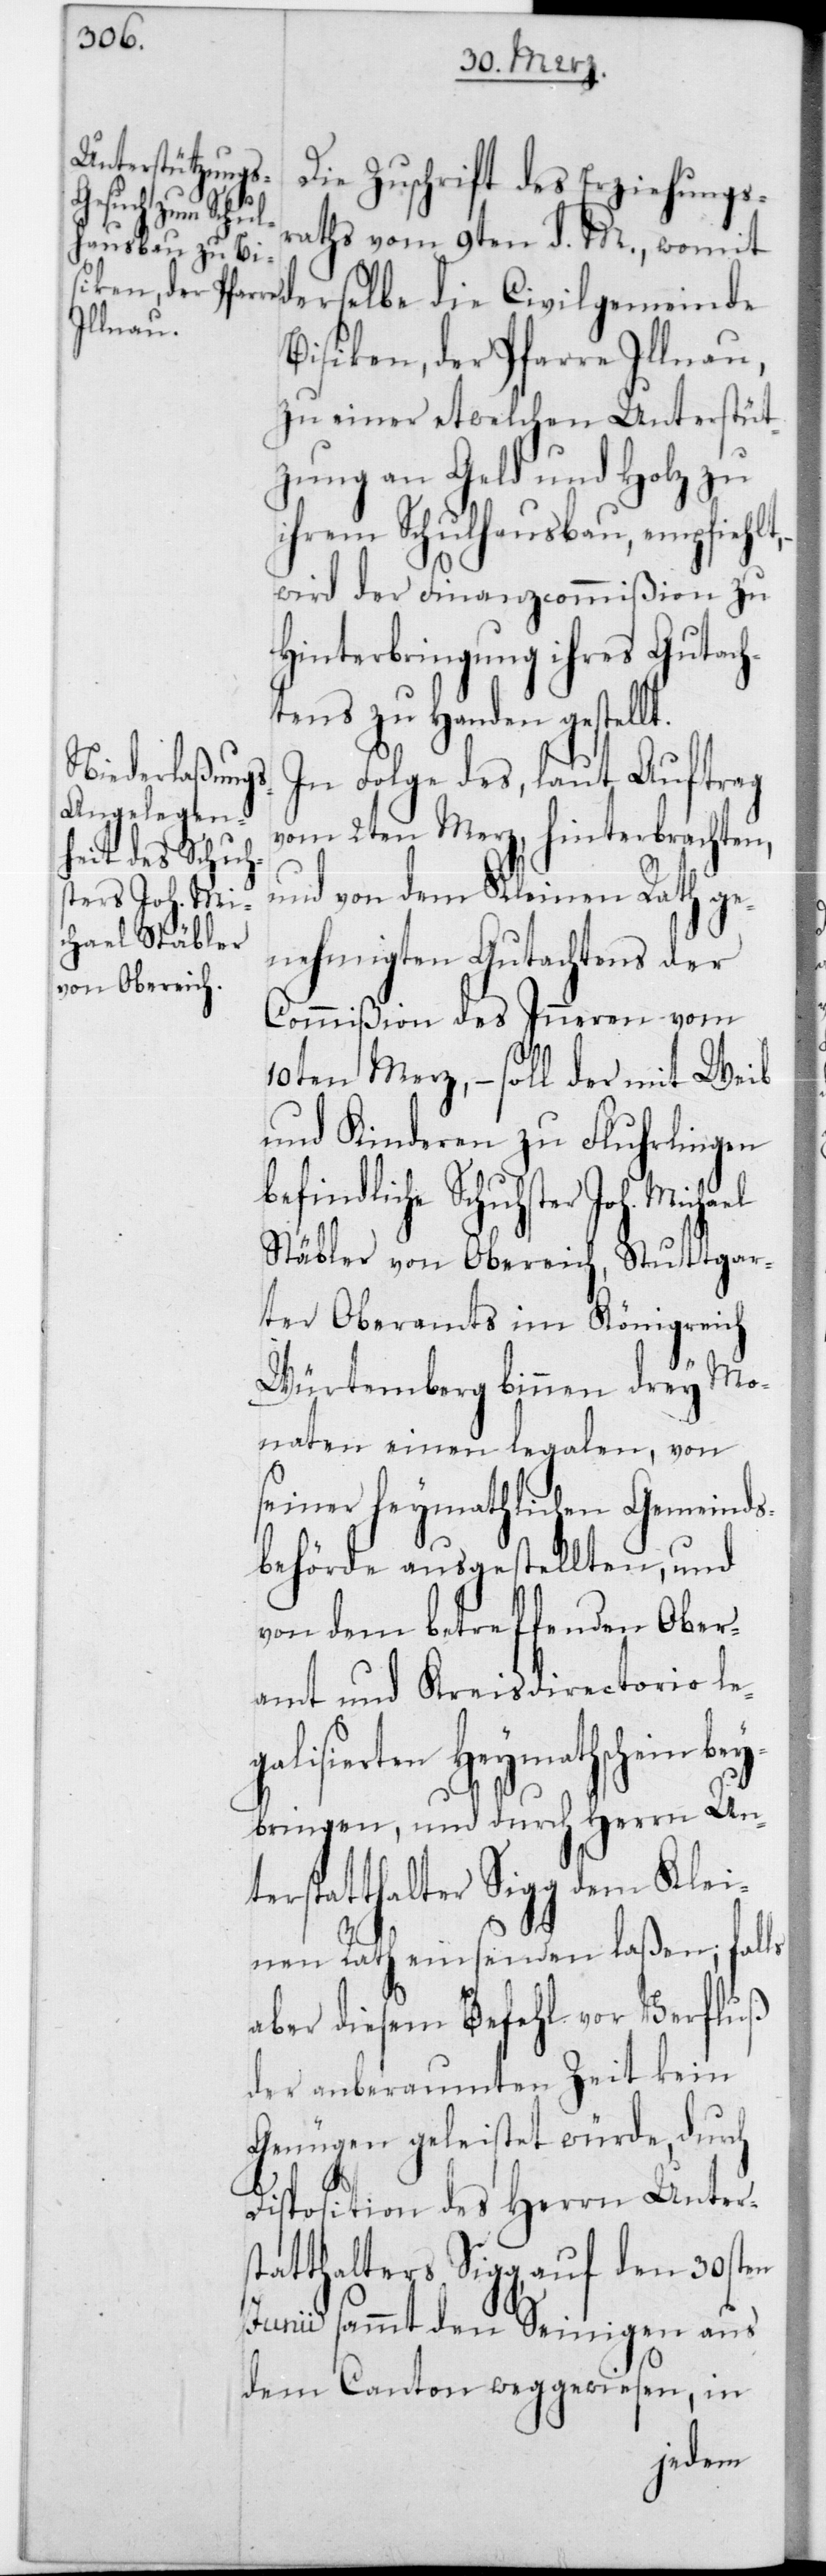
Die Zuschrift des Erziehungs¬
raths vom 9ten d. M., womit
ellt.
Bisikon, der Pfarre Illnau,
zu einer etwelchen Unterstüt¬
zung an Geld und Holz zu
ihrem Schulhausbau empfiehlt,
wird der Finanzcommißion zu
Hinterbringung ihres Gutach¬
tens zu Handen gest¬
In Folge des, laut Auftrag
vom 2ten Merz, hinterbrachten,
und von dem Kleinen Rath ge¬
nehmigten Gutachtens der
Commißion des Innern vom
10ten Merz, – soll der mit Weib
und Kinderen zu Fluhrlingen
befindliche Schuhster
Stäbler von Obereich, Stuttgar¬
ter Oberamts im Königreich
Würtemberg binnen drey Mo¬
naten einen legalen, von
seiner Heymathlichen Gemeinds¬
behörde ausgestellten, und
von dem betreffenden Ober¬
amt und Kreisdirectorio leg¬
alisierten Heymathschein
beybringen, und durch Herrn Un¬
terstatthalter Sigg dem Klei¬
nen Rath einsenden laßen; falls
aber diesem Befehl vor Verfluß
der anberaumten Zeit kein
Genügen geleistet würde, durch
Disposition des Herrn Unter¬
statthalters Sigg, auf den 30sten
Junii sammt den Seinigen aus
dem Canton weggewiesen, in